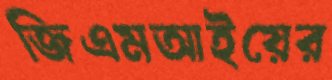
জিএমআইয়ের